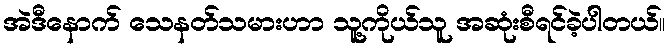
အဲဒီနောက် သေနတ်သမားဟာ သူ့ကိုယ်သူ အဆုံးစီရင်ခဲ့ပါတယ်။